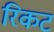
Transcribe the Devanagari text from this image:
रिकट